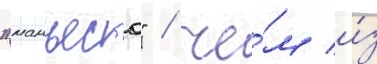
"манъес'ю" / че́м и́з